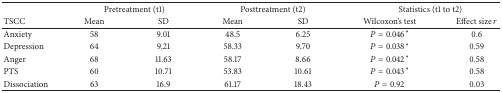
<table><thead><tr><td><b> </b></td><td colspan="2"><b>Pretreatment (t1)</b></td><td colspan="2"><b>Posttreatment (t2)</b></td><td colspan="2"><b>Statistics (t1 to t2)</b></td></tr><tr><td><b>TSCC</b></td><td><b>Mean</b></td><td><b>SD</b></td><td><b>Mean</b></td><td><b>SD</b></td><td><b>Wilcoxon&#x27;s test</b></td><td><b>Effect size <i>r</i></b></td></tr></thead><tbody><tr><td>Anxiety</td><td>58</td><td>9.01</td><td>48.5</td><td>6.25</td><td><i>P</i> = 0.046*</td><td>0.6</td></tr><tr><td>Depression</td><td>64</td><td>9.21</td><td>58.33</td><td>9.70</td><td><i>P</i> = 0.038*</td><td>0.59</td></tr><tr><td>Anger</td><td>68</td><td>11.63</td><td>58.17</td><td>8.66</td><td><i>P</i> = 0.042*</td><td>0.58</td></tr><tr><td>PTS</td><td>60</td><td>10.71</td><td>53.83</td><td>10.61</td><td><i>P</i> = 0.043*</td><td>0.58</td></tr><tr><td>Dissociation</td><td>63</td><td>16.9</td><td>61.17</td><td>18.43</td><td><i>P</i> = 0.92</td><td>0.03</td></tr></tbody></table>